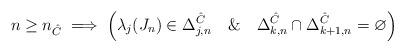
LaTeX: \begin{align*} n\geq n_{\hat C}\implies\left(\lambda_j(J_n)\in\Delta_{j,n}^{\hat C}\quad\&\quad\Delta_{k,n}^{\hat C}\cap\Delta_{k+1,n}^{\hat C}=\varnothing\right)\end{align*}